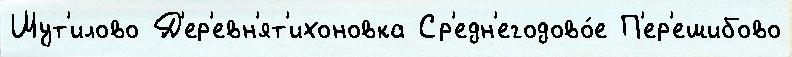
Шут'илово Д'ер'евн'ят'ихоновка Ср'едн'егодово́е П'ер'ешибово